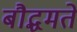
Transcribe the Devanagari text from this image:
बौद्धमते